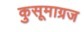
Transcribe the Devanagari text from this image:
कुसूमाग्रज